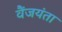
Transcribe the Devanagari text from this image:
वैंजयंता